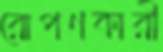
রোপণকারী